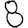
Digit: 8